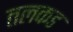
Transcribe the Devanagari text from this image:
तलकड